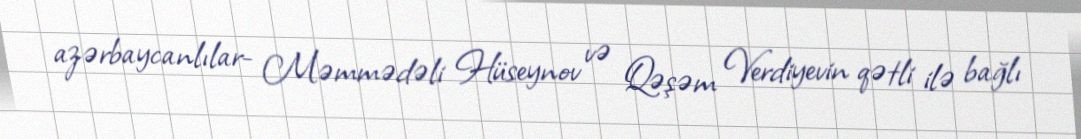
azərbaycanlılar- Məmmədəli Hüseynov və Qəşəm Verdiyevin qətli ilə bağlı